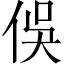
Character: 俣